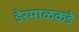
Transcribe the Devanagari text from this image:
डेरमाळकडे